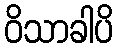
ဝိသာခါပိ